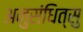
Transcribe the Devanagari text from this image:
अनुसंधित्सु